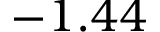
- 1 . 4 4